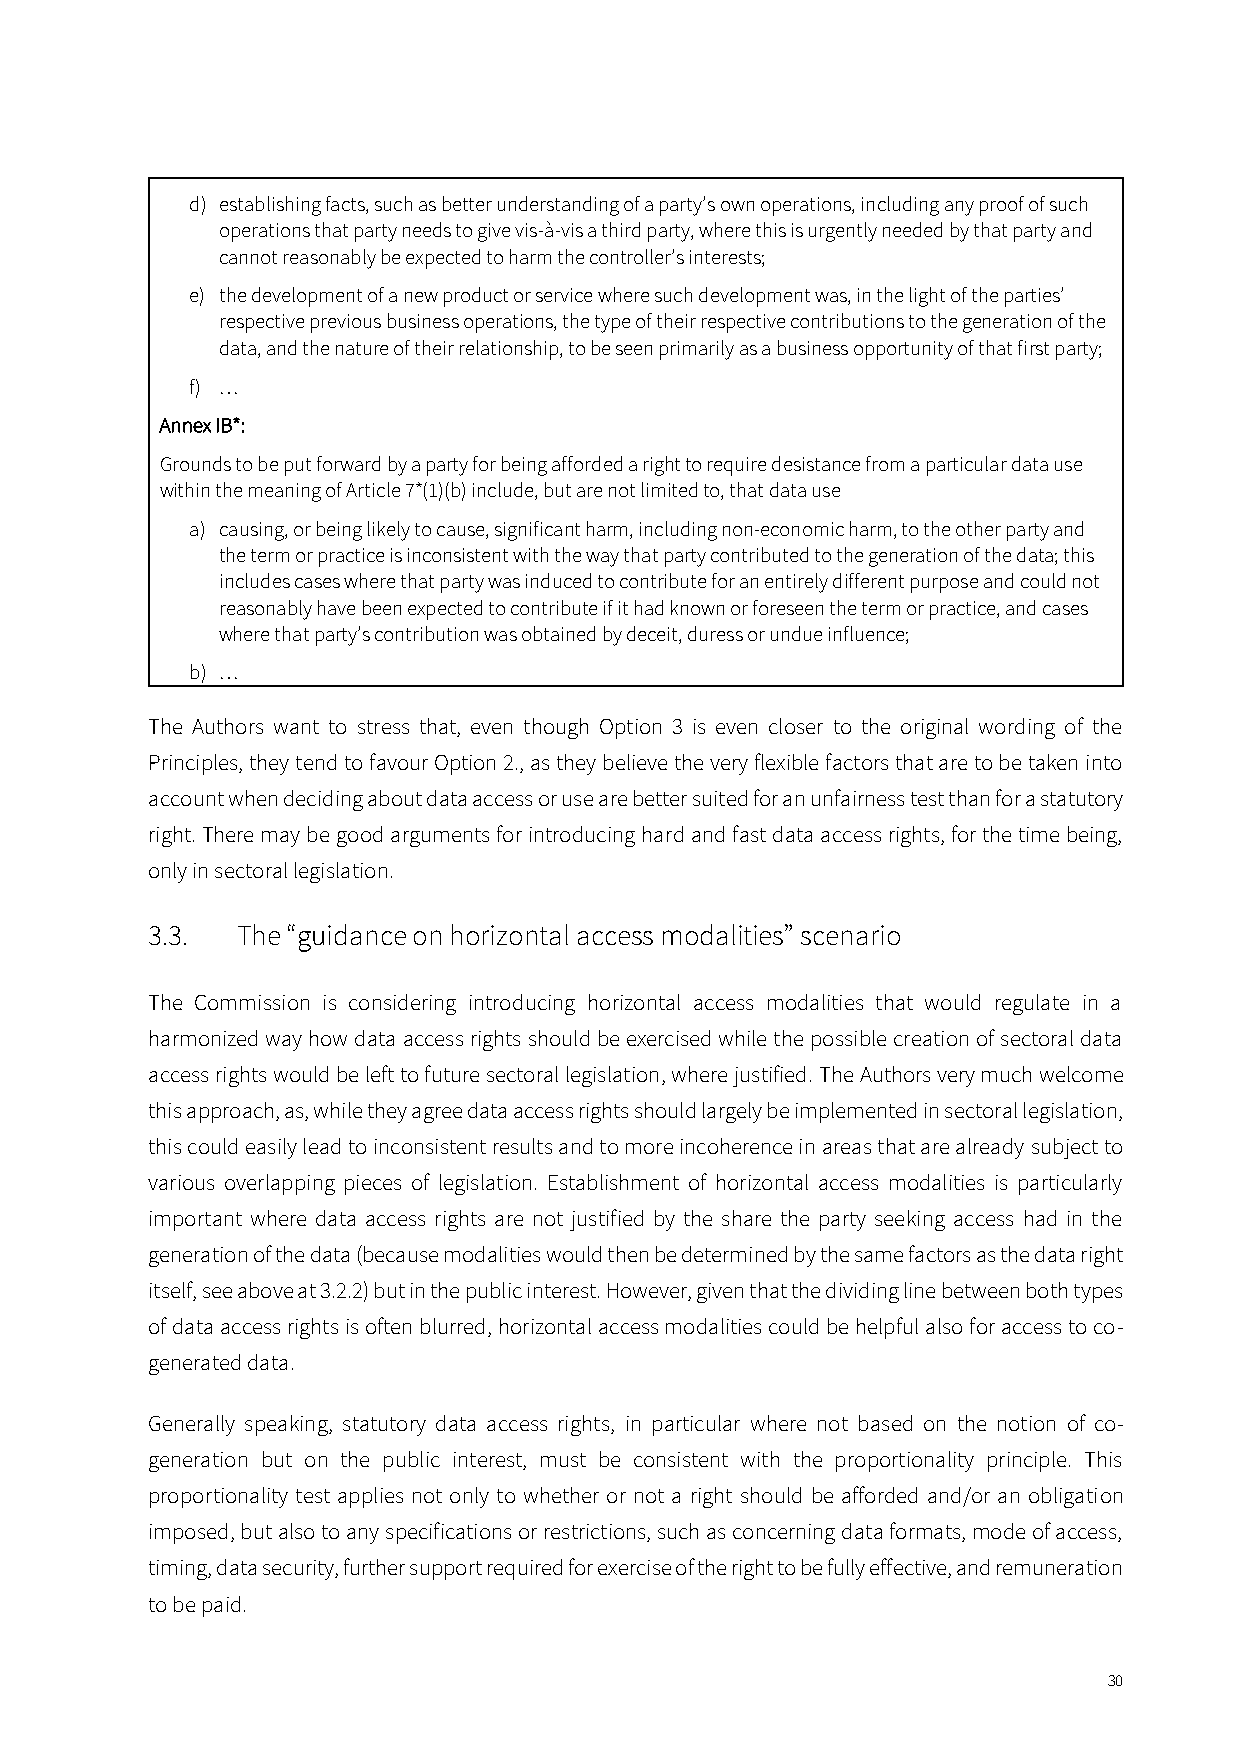
d) establishing facts, such as better understanding of a party’s own operations, including any proof of such
 operations that party needs to give vis-à-vis a third party, where this is urgently needed by that party and
 cannot reasonably be expected to harm the controller’s interests;
 e) the development of a new product or service where such development was, in the light of the parties’
 respective previous business operations, the type of their respective contributions to the generation of the
 data, and the nature of their relationship, to be seen primarily as a business opportunity of that first party;
 f) …
 Annex IB*:
 Grounds to be put forward by a party for being afforded a right to require desistance from a particular data use
 within the meaning of Article 7*(1)(b) include, but are not limited to, that data use
 a) causing, or being likely to cause, significant harm, including non-economic harm, to the other party and
 the term or practice is inconsistent with the way that party contributed to the generation of the data; this
 includes cases where that party was induced to contribute for an entirely different purpose and could not
 reasonably have been expected to contribute if it had known or foreseen the term or practice, and cases
 where that party’s contribution was obtained by deceit, duress or undue influence;
 b) …
 The Authors want to stress that, even though Option 3 is even closer to the original wording of the
 Principles, they tend to favour Option 2., as they believe the very flexible factors that are to be taken into
 account when deciding about data access or use are better suited for an unfairness test than for a statutory
 right. There may be good arguments for introducing hard and fast data access rights, for the time being,
 only in sectoral legislation.
 3.3.  The “guidance on horizontal access modalities” scenario
 The Commission is considering introducing horizontal access modalities that would regulate in a
 harmonized way how data access rights should be exercised while the possible creation of sectoral data
 access rights would be left to future sectoral legislation, where justified. The Authors very much welcome
 this approach, as, while they agree data access rights should largely be implemented in sectoral legislation,
 this could easily lead to inconsistent results and to more incoherence in areas that are already subject to
 various overlapping pieces of legislation. Establishment of horizontal access modalities is particularly
 important where data access rights are not justified by the share the party seeking access had in the
 generation of the data (because modalities would then be determined by the same factors as the data right
 itself, see above at 3.2.2) but in the public interest. However, given that the dividing line between both types
 of data access rights is often blurred, horizontal access modalities could be helpful also for access to co-
 generated data.
 Generally speaking, statutory data access rights, in particular where not based on the notion of co-
 generation but on the public interest, must be consistent with the proportionality principle. This
 proportionality test applies not only to whether or not a right should be afforded and/or an obligation
 imposed, but also to any specifications or restrictions, such as concerning data formats, mode of access,
 timing, data security, further support required for exercise of the right to be fully effective, and remuneration
 to be paid.
 30